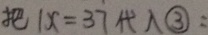
把 1 x = 3 7 代 入 \textcircled { 3 } :